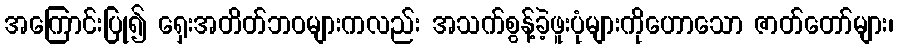
အကြောင်းပြု၍ ရှေးအတိတ်ဘဝများကလည်း အသက်စွန့်ခဲ့ဖူးပုံများကိုဟောသော ဇာတ်တော်များ၊